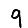
Digit: 9